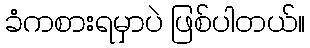
ခံကစားရမှာပဲ ဖြစ်ပါတယ်။